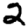
Digit: 2